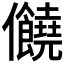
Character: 𠑬